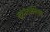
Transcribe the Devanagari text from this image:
कारंतानिया